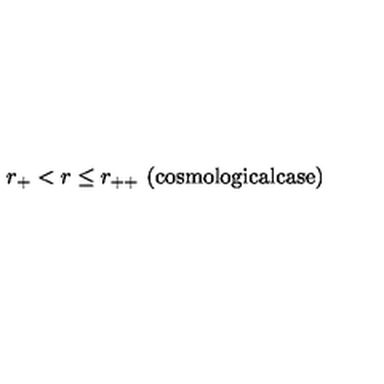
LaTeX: r _ { + } < r \leq r _ { + + } \ \mathrm { ( c o s m o l o g i c a l c a s e ) }